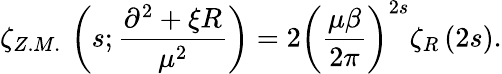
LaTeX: \zeta_{Z.M.}\, \left(s;\frac{\partial^{2}+\xi R}{\mu^{2}}\right)=2\left(\frac{\mu\beta}{2\pi}\right)^{2s}\zeta_{R}\left(2s\right).